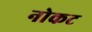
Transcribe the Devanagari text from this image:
नोकट